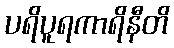
ပရိပူရကာရိနီတိ